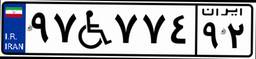
۱۸W۶۸۹۳۶